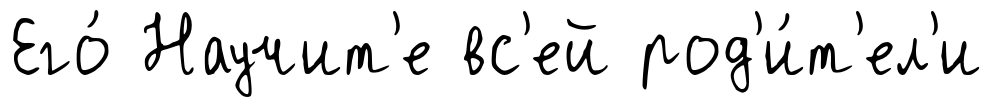
Его́ Научит'е вс'ей род'и́т'ел'и